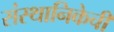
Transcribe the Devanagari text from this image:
संस्थानिकेची